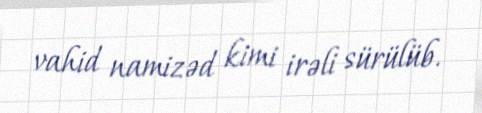
vahid namizəd kimi irəli sürülüb.